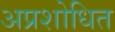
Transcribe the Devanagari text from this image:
अप्रशोधित